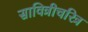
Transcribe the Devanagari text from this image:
सावित्रीचरित्र